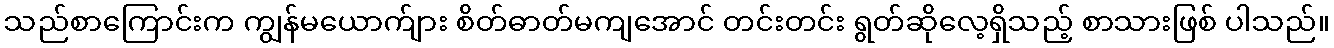
သည်စာကြောင်းက ကျွန်မယောက်ျား စိတ်ဓာတ်မကျအောင် တင်းတင်း ရွတ်ဆိုလေ့ရှိသည့် စာသားဖြစ် ပါသည်။